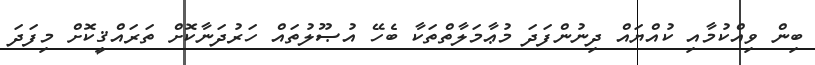
ބިން ވިއްކުމާއި ކުއްޔައް ދިނުންފަދަ މުޢާމަލާތްތަކާ ބެހޭ އުޞޫލުތައް ހަރުދަނާކޮށް ތަރައްޤީކޮށް މިފަދަ